65_HS1-834228961_62-HQ-83894_Section_8
Agency: FBI
Page 163
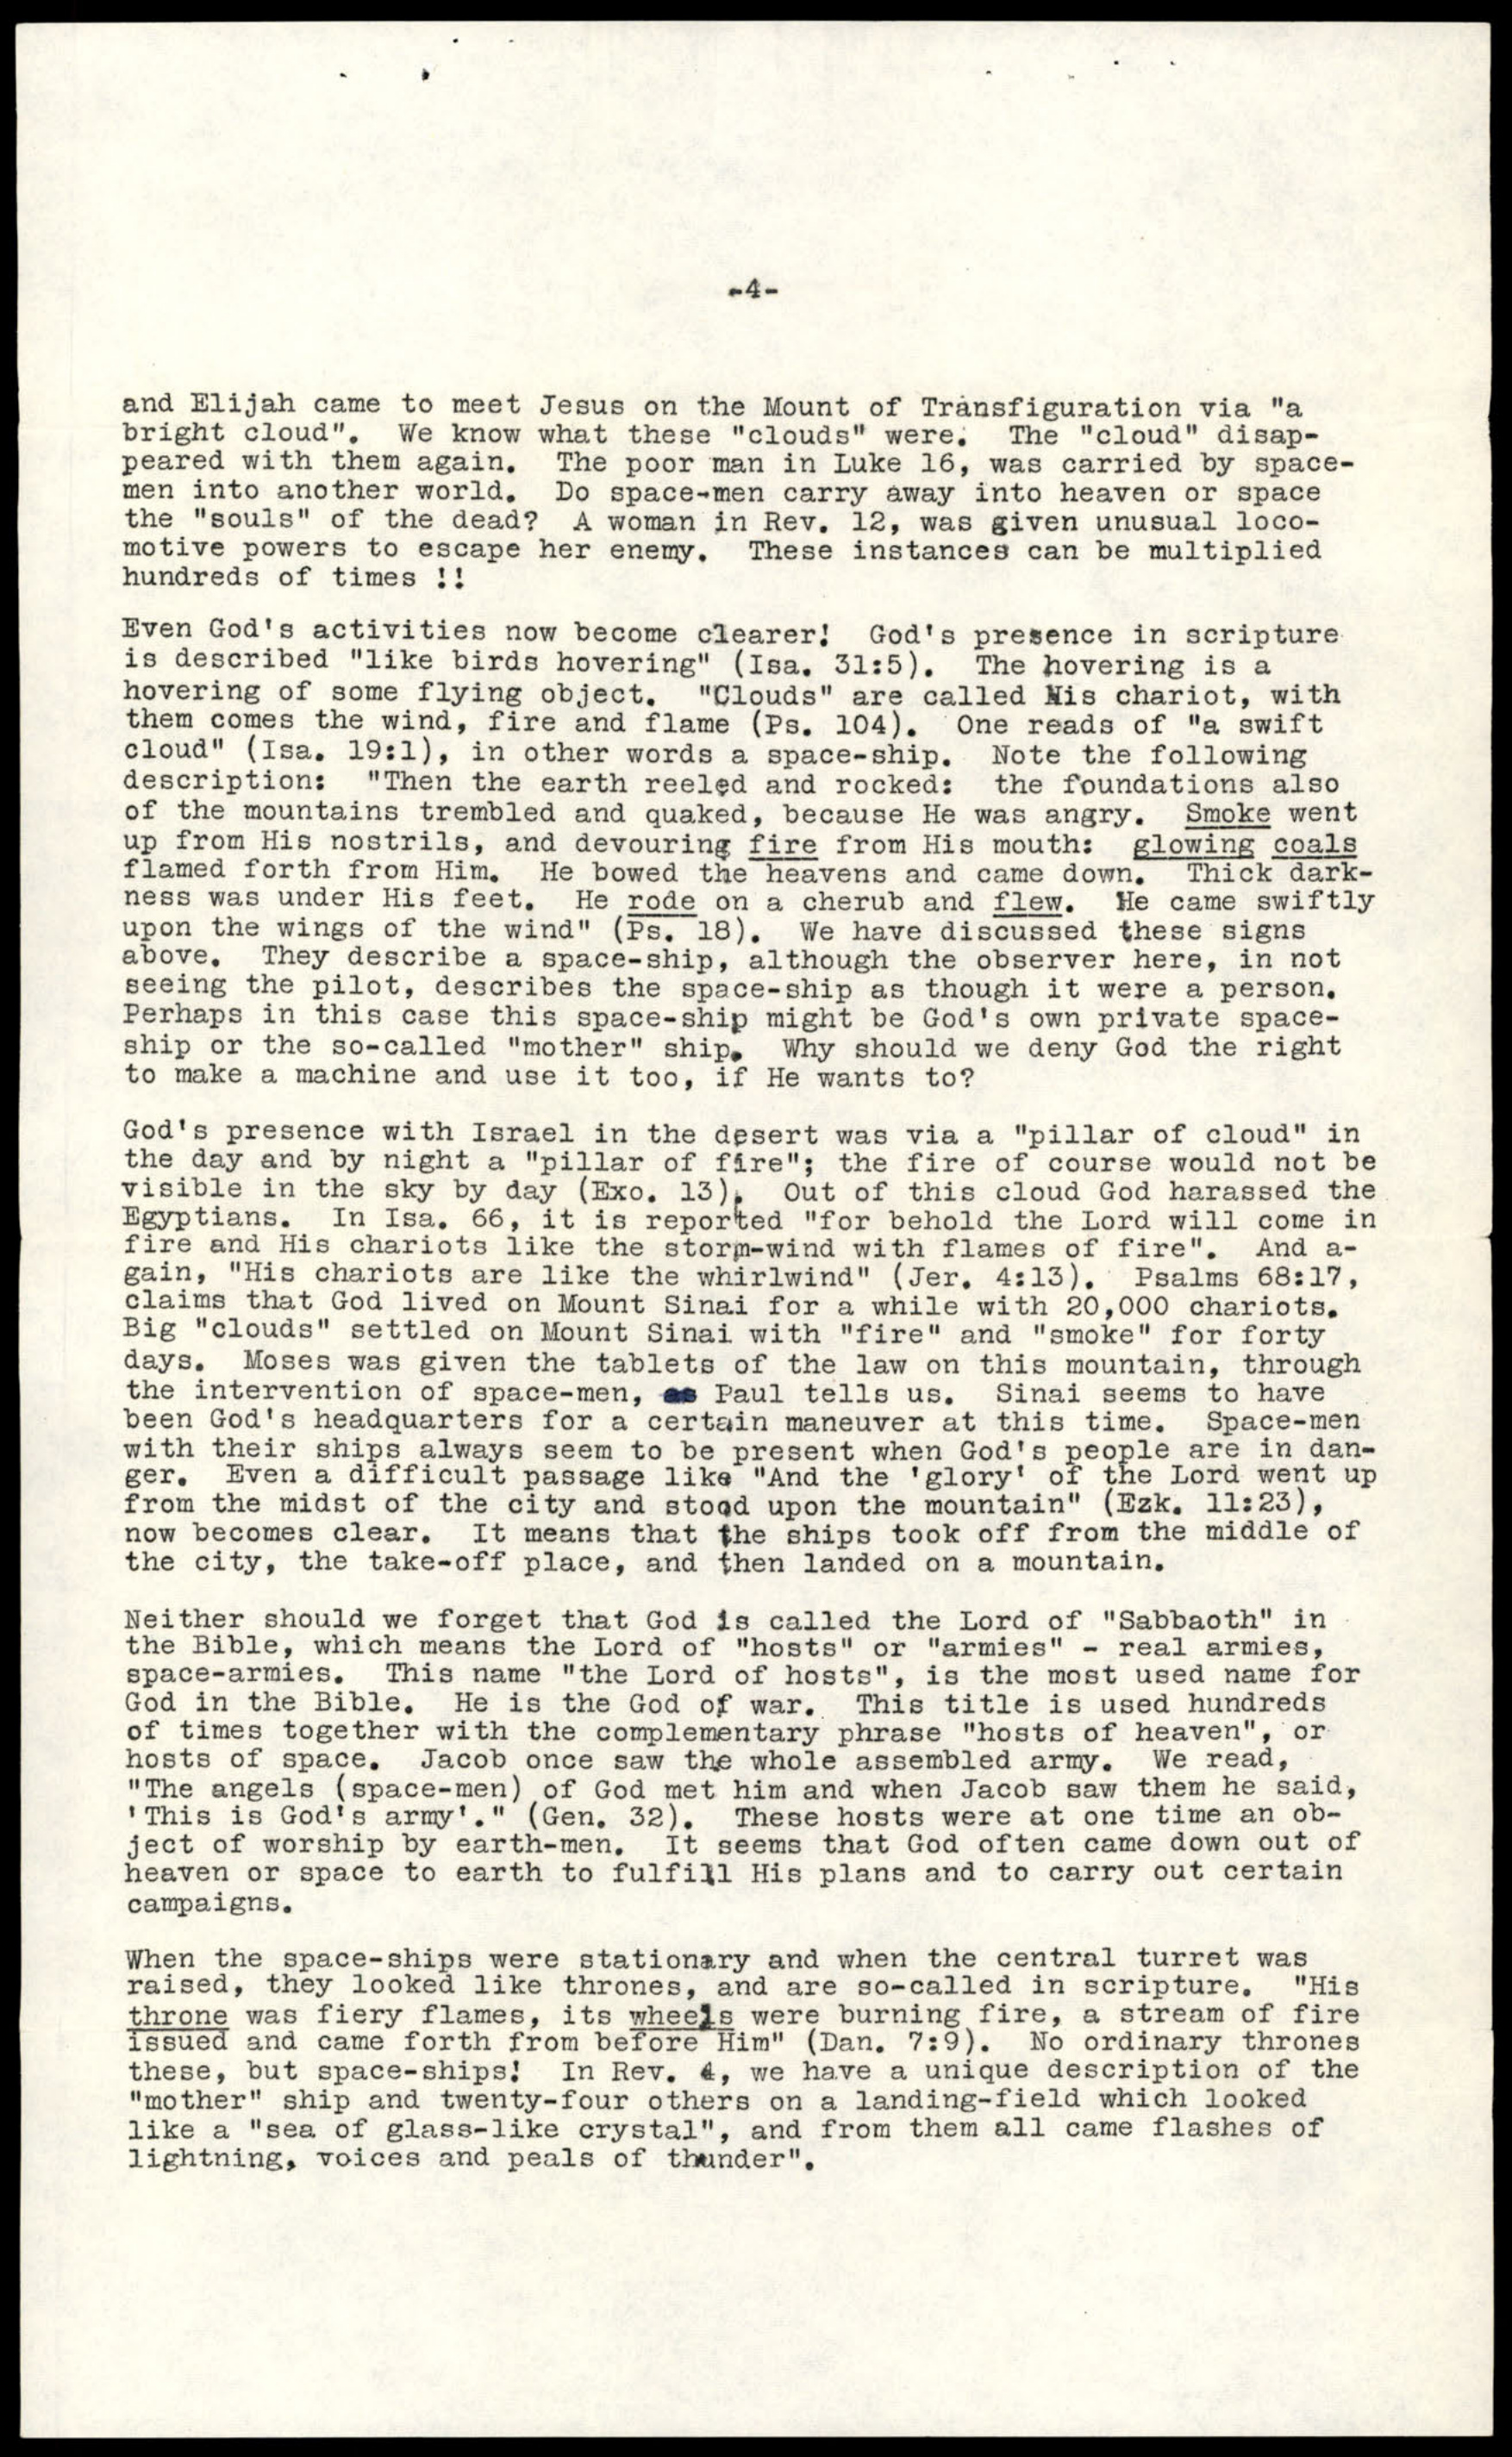